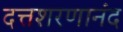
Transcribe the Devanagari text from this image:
दत्तशरणानंद